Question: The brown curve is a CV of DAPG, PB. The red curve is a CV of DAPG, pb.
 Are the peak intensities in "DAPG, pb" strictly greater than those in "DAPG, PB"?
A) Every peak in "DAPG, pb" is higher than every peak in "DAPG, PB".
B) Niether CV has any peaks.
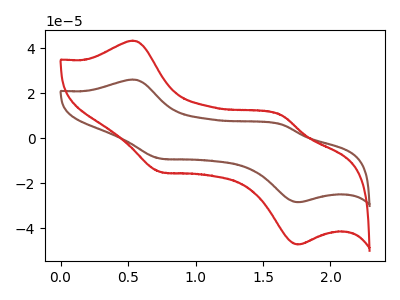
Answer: <think>The brown curve "DAPG, PB" has anodic peaks at (0.55V, 26.10uA) (1.65V, 6.20uA) and cathodic peaks at (0.75V, -9.00uA) (1.75V, -28.35uA). The red curve "DAPG, pb" has anodic peaks at (0.55V, 43.35uA) (1.65V, 10.30uA) and cathodic peaks at (0.75V, -14.90uA) (1.75V, -47.10uA).</think>
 <answer>A) Every peak in "DAPG, pb" is higher than every peak in "DAPG, PB".</answer>
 <eval>A</eval>